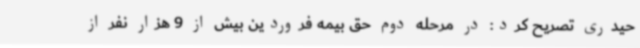
حیدری تصریح کرد: در مرحله دوم حق بیمه فروردین بیش از 9 هزار نفر از